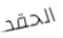
الحقد